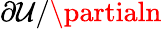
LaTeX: \partial\mathcal{U}/\partialn